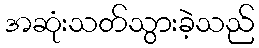
အဆုံးသတ်သွားခဲ့သည်